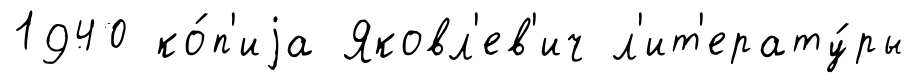
1940 ко́п'иjа Яковл'ев'ич л'ит'ерату́ры